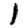
Digit: 1